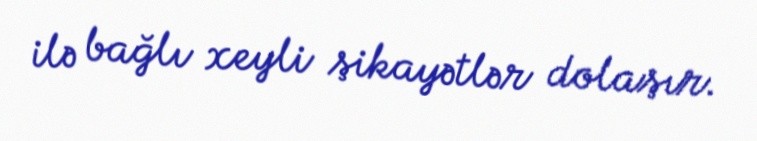
ilə bağlı xeyli şikayətlər dolaşır.